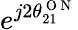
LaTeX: e^{j2\theta_{21}^{\mathrm{~O~N~}}}